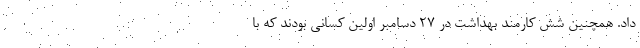
داد. همچنین شش کارمند بهداشت در ۲۷ دسامبر اولین کسانی بودند که با